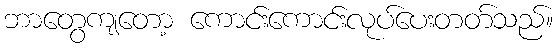
ဘာတွေကျတော့ ကောင်းကောင်းလုပ်ပေးတတ်သည်။